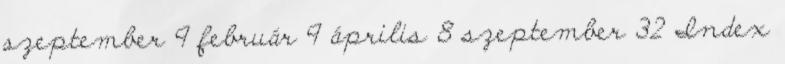
szeptember 9 február 9 április 8 szeptember 32 Index